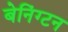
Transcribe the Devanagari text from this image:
बेनिंग्टन